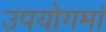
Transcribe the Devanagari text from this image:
उपयोगमां